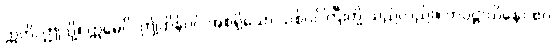
ဣတိ၊ ဤသို့။ ဣမေပိ၊ ဤထိန်ပင် အစရှိသော သစ်ပင်ကြီးတို့ သည်လည်း။ ကပ္ပဋ္ဌာယိနော ဧဝ